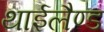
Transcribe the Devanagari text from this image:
थाईलैण्‍ड